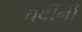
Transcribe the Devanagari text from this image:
चवींनी